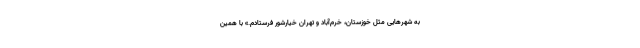
به شهرهایی مثل خوزستان، خرم‌آباد و تهران خیارشور فرستادم.» با همین